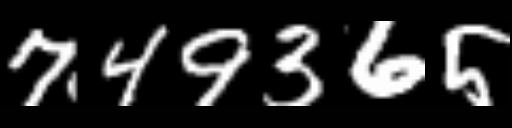
Text: 749365